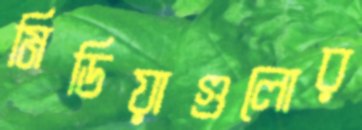
মিডিয়াগুলোর